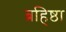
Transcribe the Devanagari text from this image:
ब्रहिष्ठा